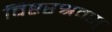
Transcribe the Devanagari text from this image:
विष्टरश्रवस्